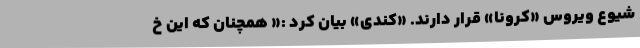
شیوع ویروس «کرونا» قرار دارند. «کندی» بیان کرد :« همچنان که این خ